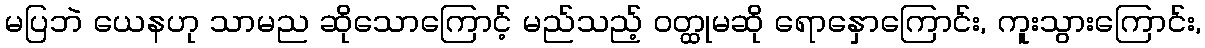
မပြဘဲ ယေနဟု သာမည ဆိုသောကြောင့် မည်သည့် ဝတ္ထုမဆို ရောနှောကြောင်း, ကူးသွားကြောင်း,